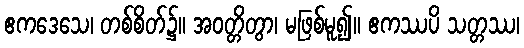
ဧကဒေသေ၊ တစ်စိတ်၌။ အဝတ္တိတွာ၊ မဖြစ်မူ၍။ ဧကဿပိ သတ္တဿ၊